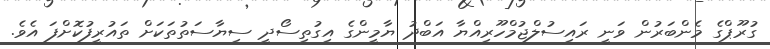
ގުރޫޕްގެ މެންބަރުން ވަނީ ރައިސުލްޖުމްހޫރިއްޔާ އަބްދު ޔާމީންގެ އިގުތިސޯދީ ސިޔާސަތުތަކަށް ތައުރީފުކޮށްފަ އެވެ.